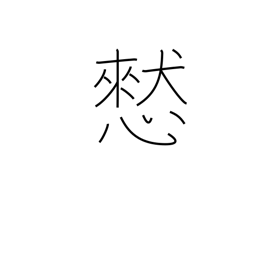
Meaning: thoughtlessly